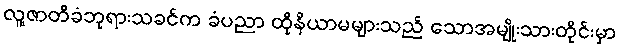
လူ့ဇာတိခံဘုရားသခင်က ခံပညာ ထိုနိယာမများသည် သောအမျိုးသားတိုင်းမှာ